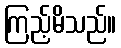
ကြည့်မိသည်။